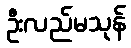
ဦးလည်မသုန်